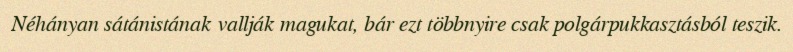
Néhányan sátánistának vallják magukat, bár ezt többnyire csak polgárpukkasztásból teszik.